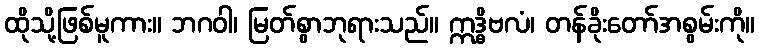
ထိုသို့ဖြစ်မူကား။ ဘဂဝါ၊ မြတ်စွာဘုရားသည်။ ဣဒ္ဓိဗလံ၊ တန်ခိုးတော်အစွမ်းကို။